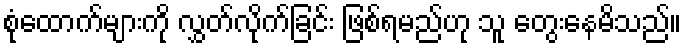
စုံထောက်များကို လွှတ်လိုက်ခြင်း ဖြစ်ရမည်ဟု သူ တွေးနေမိသည်။